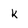
Character: k